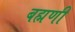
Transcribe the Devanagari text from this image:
बह्मणी